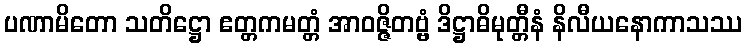
ပဏာမိတော သတိဋ္ဌော ဧတ္တကမတ္တံ အာဝဇ္ဇိတဗ္ဗံ ဒိဋ္ဌာဓိမုတ္တီနံ နိလီယနောကာသဿ